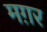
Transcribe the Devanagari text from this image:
मग़र